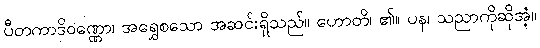
ပီတကာဒိဝဏ္ဏော၊ အရွှေစသော အဆင်းရှိသည်။ ဟောတိ၊ ၏။ ပန၊ သညာကိုဆိုအံ့။